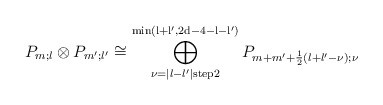
\begin{align*}P_{m;l} \otimes P_{m';l'} \cong \bigoplus\limits_{\nu=\vert l-l' \vert \mathrm{ step } 2}^{\mathrm{min\left( l+l',2d-4-l-l' \right)}} P_{m+m'+\frac{1}{2} \left( l+l'-\nu \right);\nu} \end{align*}